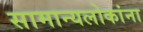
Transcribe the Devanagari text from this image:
सामान्यलोकांना